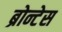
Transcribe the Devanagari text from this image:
ब्रोन्टेस